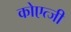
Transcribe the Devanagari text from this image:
कोएत्जी